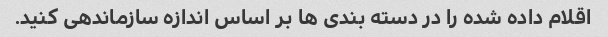
اقلام داده شده را در دسته بندی ها بر اساس اندازه سازماندهی کنید.